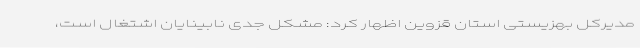
مدیرکل بهزیستی استان قزوین اظهار کرد: مشکل جدی نابینایان اشتغال است،